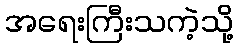
အရေးကြီးသကဲ့သို့